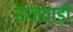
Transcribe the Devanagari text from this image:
राजवाड़ी